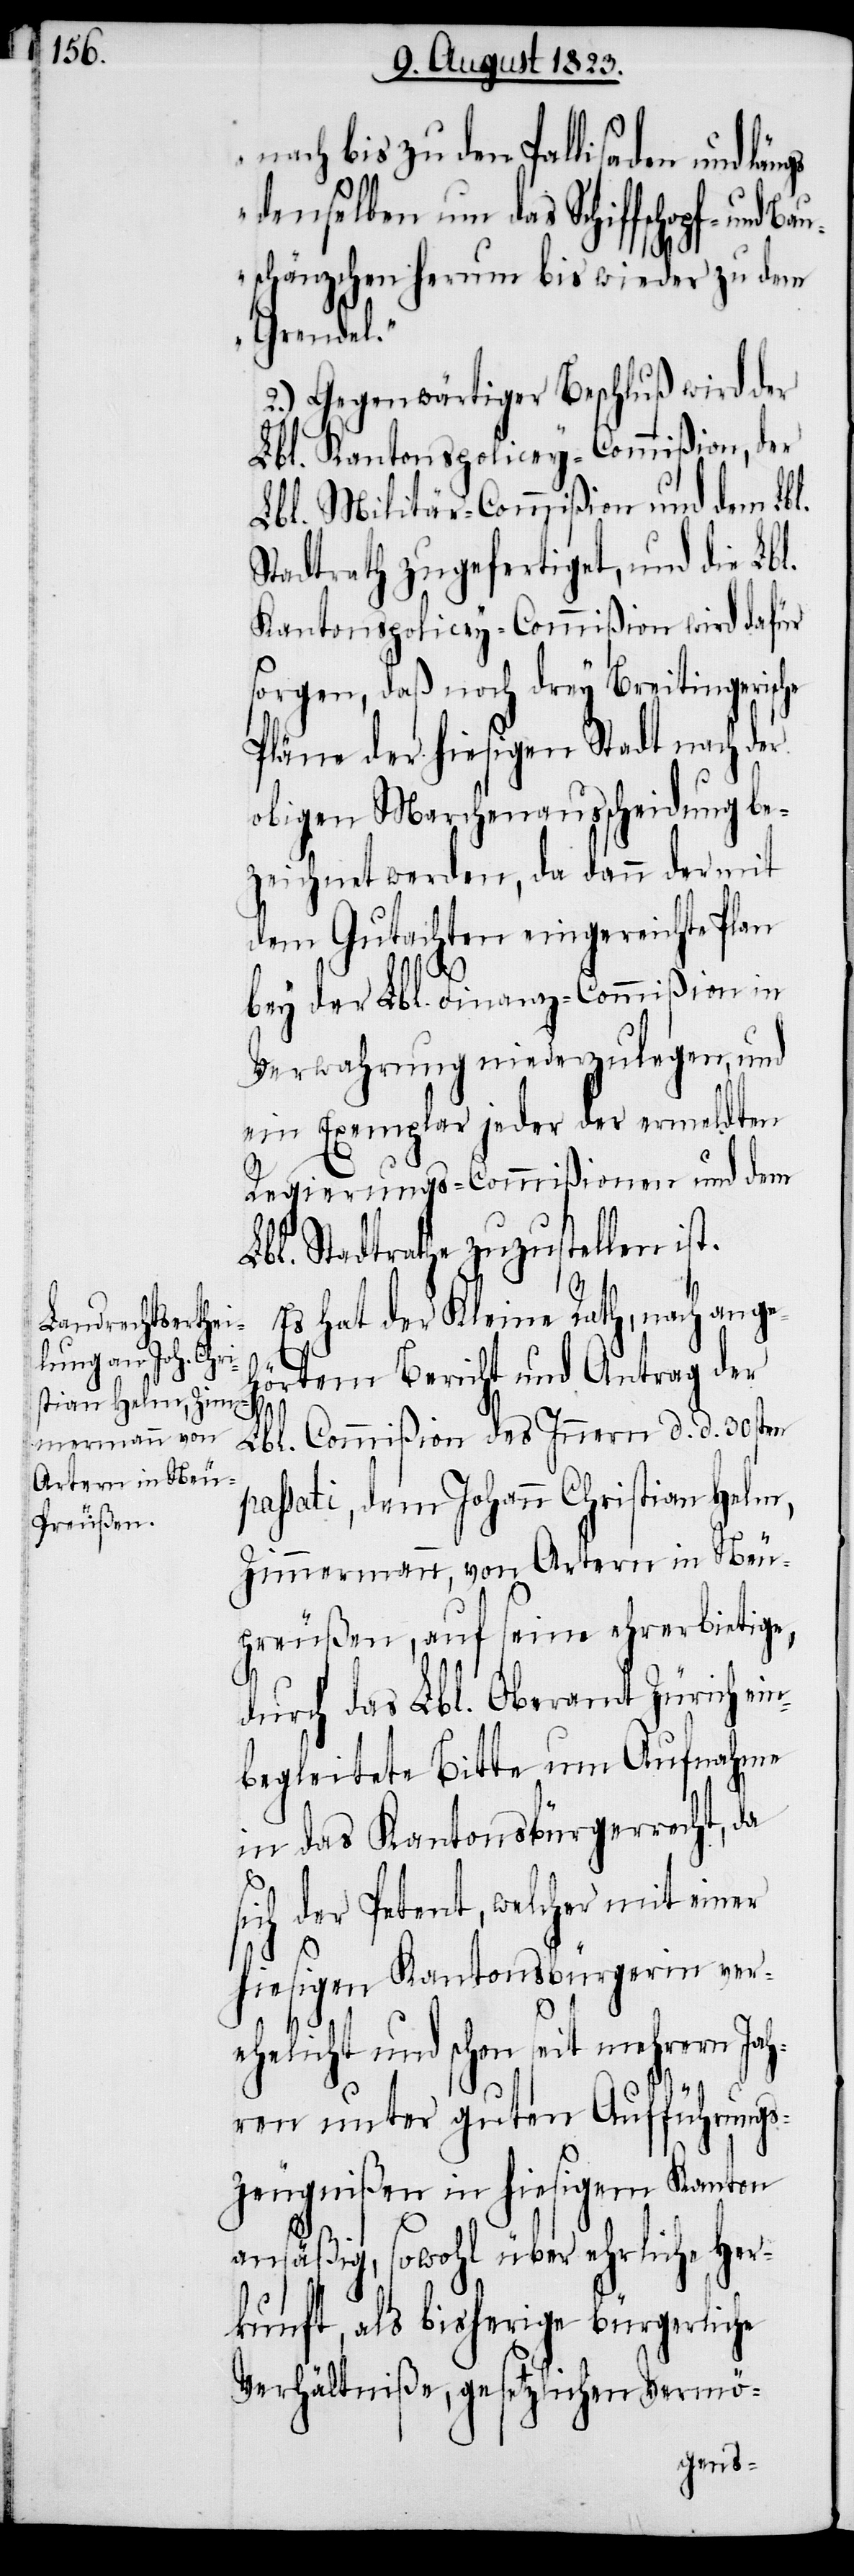
nach bis zu den Pallisaden und
denselben um das Schiffschopf- und
uschänzchen herum bis wieder zu dem
Grendel.“
2.) Gegenwärtiger Beschluß wird der
Lbl. Kantonspolicey-Commißion, der
Lbl. Militär-Commißion und dem Lbl.
Stadtrath zugefertiget, und die Lbl.
Kantonspolicey-Commißion wird dafür
sorgen, daß noch drey Breitingerische
Pläne der hiesigen Stadt nach der
obigen Marchenausscheidung be¬
zeichnet werden, da dann der mit
dem Gutachten eingereichte Plan
bey der Lbl. Finanz-Commißion in
Verwahrung niederzulegen, und
ein Exemplar jeder der ermeldten
Regierungs-Commißionen und dem
Lbl. Stadtrathe zuzustellen ist.
Es hat der Kleine Rath, nach ang¬
eh¬
örtem Bericht und Antrag der
Lbl. Commißion des Innern d. d. 30sten
passati, dem Johann Christian Helm,
Zimmermann, von Artern in Neu¬
preußen, auf seine ehrerbietige,
durch das Lbl. Oberamt Zürich ei¬
nbegleitete Bitte um Aufnahme
in das Kantonsbürgerrecht, da
sich der Petent, welcher mit einer
hiesigen Kantonsbürgerin ver¬
ehelicht und schon seit mehrern Jah¬
ren unter guten Aufführungs¬
zeugnißen in hiesigem Kanton
ansäßig, sowohl über ehrliche Her¬
kunft, als bisherige bürgerliche
Verhältniße, gesetzlichen Vermö-